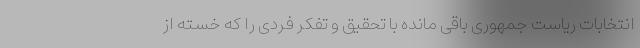
انتخابات ریاست جمهوری باقی مانده با تحقیق و تفکر فردی را که خسته از